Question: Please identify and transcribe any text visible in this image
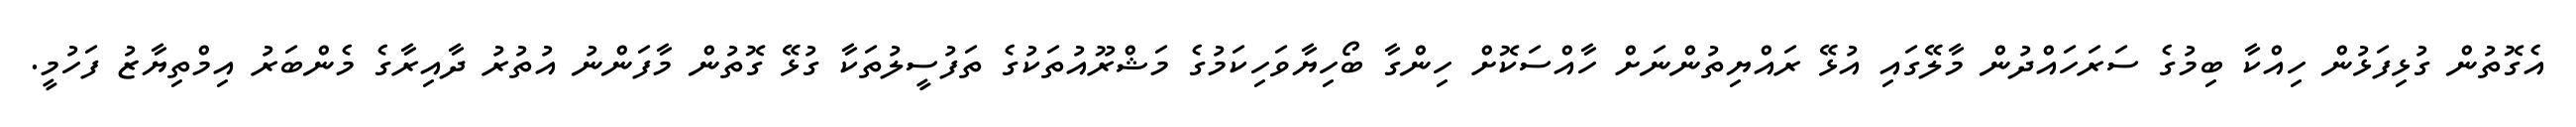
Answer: އެގޮތުން ގުޅިފަޅުން ހިއްކާ ބިމުގެ ސަރަހައްދުން މާލޭގައި އުޅޭ ރައްޔިތުންނަށް ހާއްސަކޮށް ހިންގާ ބޯހިޔާވަހިކަމުގެ މަޝްރޫއުތަކުގެ ތަފުސީލުތަކާ ގުޅޭ ގޮތުން މާފަންނު އުތުރު ދާއިރާގެ މެންބަރު އިމްތިޔާޒު ފަހުމީ.